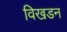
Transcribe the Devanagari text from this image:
विखडन